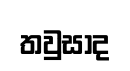
තවුසාද